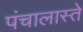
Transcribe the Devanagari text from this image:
पंचालास्ते